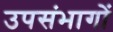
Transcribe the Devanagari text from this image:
उपसंभागों